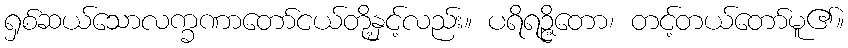
ရှစ်ဆယ်သောလက္ခဏာတော်ငယ်တို့နှင့်လည်း။ ပရိရဉ္ဇိတော၊ တင့်တယ်တော်မူ၏။